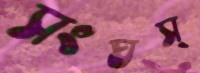
সংঘস্